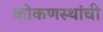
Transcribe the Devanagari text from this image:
कोकणस्थांची